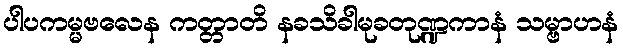
ပါပကမ္မဗလေန ကတ္တာတိ နခသိခါမုခတုဏ္ဍကာနံ သမ္ဗာဟနံ